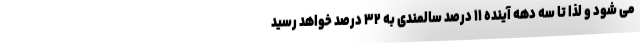
می شود و لذا تا سه دهه آینده ۱۱ درصد سالمندی به ۳۲ درصد خواهد رسید